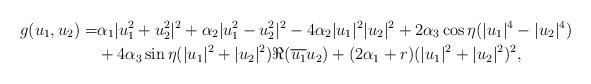
LaTeX: \begin{align*}g(u_1,u_2)=& \alpha_1 |u_1^2+u_2^2|^2 + \alpha_2 |u_1^2-u_2^2|^2 -4\alpha_2 |u_1|^2|u_2|^2 +2\alpha_3 \cos \eta (|u_1|^4-|u_2|^4) \\&+4 \alpha_3 \sin \eta (|u_1|^2+|u_2|^2) \Re (\overline{u_1}u_2) + (2\alpha_1 + r) (|u_1|^2+|u_2|^2)^2,\end{align*}